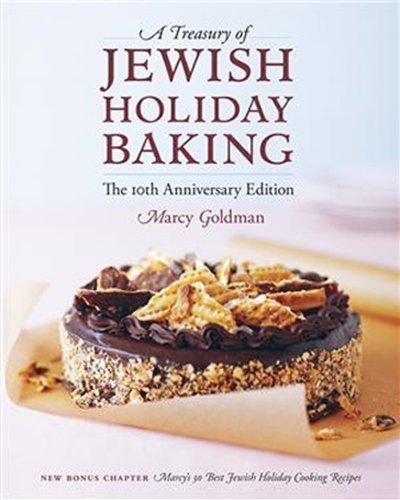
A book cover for A Treasury of Jewish Holiday Baking by Marcy Goldman (Sep 15 2009); Cookbooks, Food & Wine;